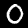
Digit: 0